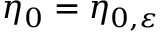
\eta _ { 0 } = \eta _ { 0 , \varepsilon }